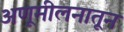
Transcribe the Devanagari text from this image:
अणूमीलनातून